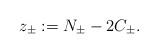
LaTeX: \begin{align*}z_\pm:=N_{\pm}-2C_{\pm}.\end{align*}